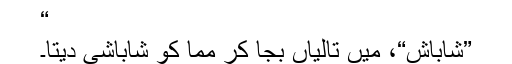
“
”شاباش“، میں تالیاں بجا کر مما کو شاباشی دیتا۔